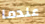
عندما